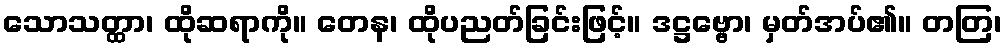
သောသတ္ထာ၊ ထိုဆရာကို။ တေန၊ ထိုပညတ်ခြင်းဖြင့်။ ဒဋ္ဌဗ္ဗော၊ မှတ်အပ်၏။ တတြ၊